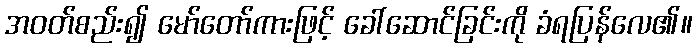
အဝတ်စည်း၍ မော်တော်ကားဖြင့် ခေါ်ဆောင်ခြင်းကို ခံရပြန်လေ၏။